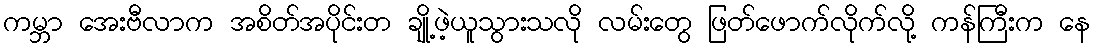
ကမ္ဘာ အေးဗီလာက အစိတ်အပိုင်းတ ချို့ဖဲ့ယူသွားသလို လမ်းတွေ ဖြတ်ဖောက်လိုက်လို့ ကန်ကြီးက နေ